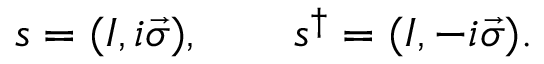
s = ( I , i \vec { \sigma } ) , \qquad s ^ { \dagger } = ( I , - i \vec { \sigma } ) .